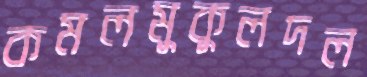
কমলমুকুলদল